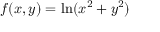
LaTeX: \, \! f ( x , y ) = \ln ( x ^ { 2 } + y ^ { 2 } )